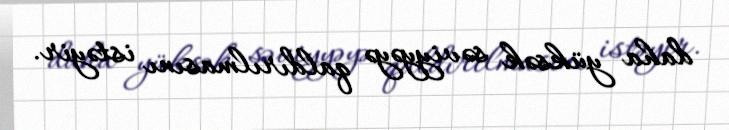
daha yüksək səviyyəyə qaldırılmasını istəyir.